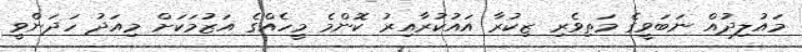
މައުލިދުއް ނަބަވީގެ މަތިވެރި ޒިކުރާ އައުކުރާއިރު ކޮންމެ މީހެއްގެ އަޒުމަކަށް މިއަދު ހަދަންވީ